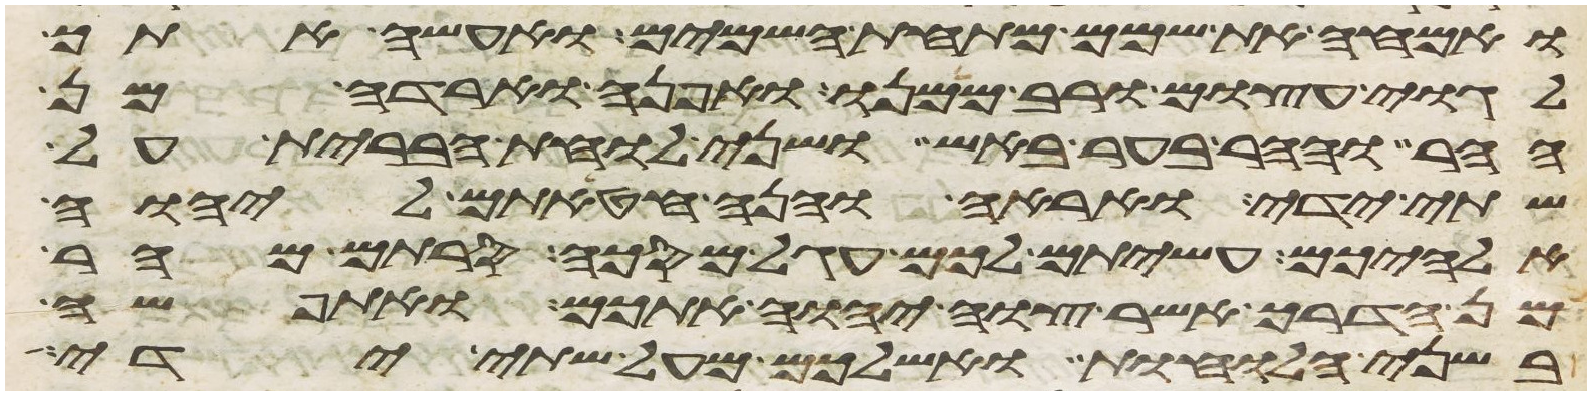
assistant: ואמחה את שמם מתחת השמים ואעשה אתך
לגוי עצום ורב ממנו ואפנה וארדה מן
ההר וההר בער באש ושני לוחת הברית על
שתי ידי ואראה והנה חטאתם ליהוה
אלהיכם עשיתם לכם עגל מסכה סרתם מהר
מן הדרך אשר צוה יהוה אתכם ואתפשה
בשני הלוחות ואשליכם מעל שתי ידי